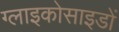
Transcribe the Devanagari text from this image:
ग्लाइकोसाइडों